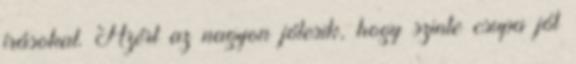
írásokat. Azért az nagyon jólesik, hogy szinte csupa jót